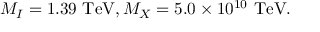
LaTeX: M _ { I } = 1 . 3 9 ~ \mathrm { T e V } , M _ { X } = 5 . 0 \times 1 0 ^ { 1 0 } ~ \mathrm { T e V } .